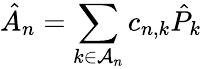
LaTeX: \hat{A}_{n}=\sum_{k\in\mathcal{A}_{n}}c_{n,k}\hat{P}_{k}